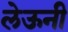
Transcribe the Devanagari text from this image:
लेऊनी